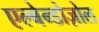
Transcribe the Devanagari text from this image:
एल्बेन्डोज़ोल